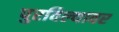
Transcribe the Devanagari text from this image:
पुरविल्यावर